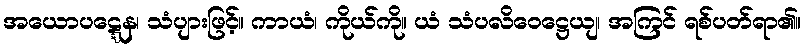
အယောပဋ္ဋေန၊ သံပျားဖြင့်။ ကာယံ၊ ကိုယ်ကို။ ယံ သံပလိဝေဋ္ဌေယျ၊ အကြင် ရစ်ပတ်ရာ၏။